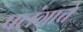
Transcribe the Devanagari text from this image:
पलंगाचे